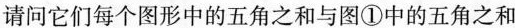
请问它们每个图形中的五角之和与图①中的五角之和